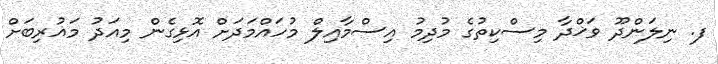
ފ. ނިލަންދޫ ވަޚްދާ މިސްކިތުގެ މުދިމު އިސްމާއިލް މުހައްމަދަށް އޮޅިގެން މިއަދު މަޣުރިބަށް